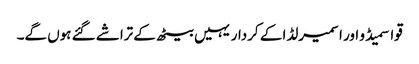
قواسمیڈو اور اسمیرلڈا کے کردار یہیں بیٹھ کے تراشے گئے ہوں گے۔